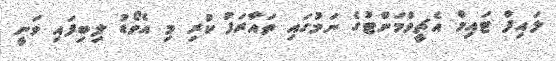
ލައިފް ޓައިމް އެޗީވްމަންޓުގެ ނަމުގައި ތައާރަފު ކުރި މި އެވޯޑު ލިބިފައި ވަނީ